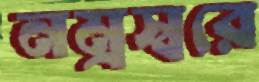
নম্রস্বরে